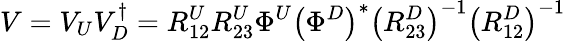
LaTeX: V=V_{U}V_{D}^{\dagger}=R_{12}^{U}R_{23}^{U}\Phi^{U}\left(\Phi^{D}\right)^{\ast}\left(R_{23}^{D}\right)^{-1}\left(R_{12}^{D}\right)^{-1}